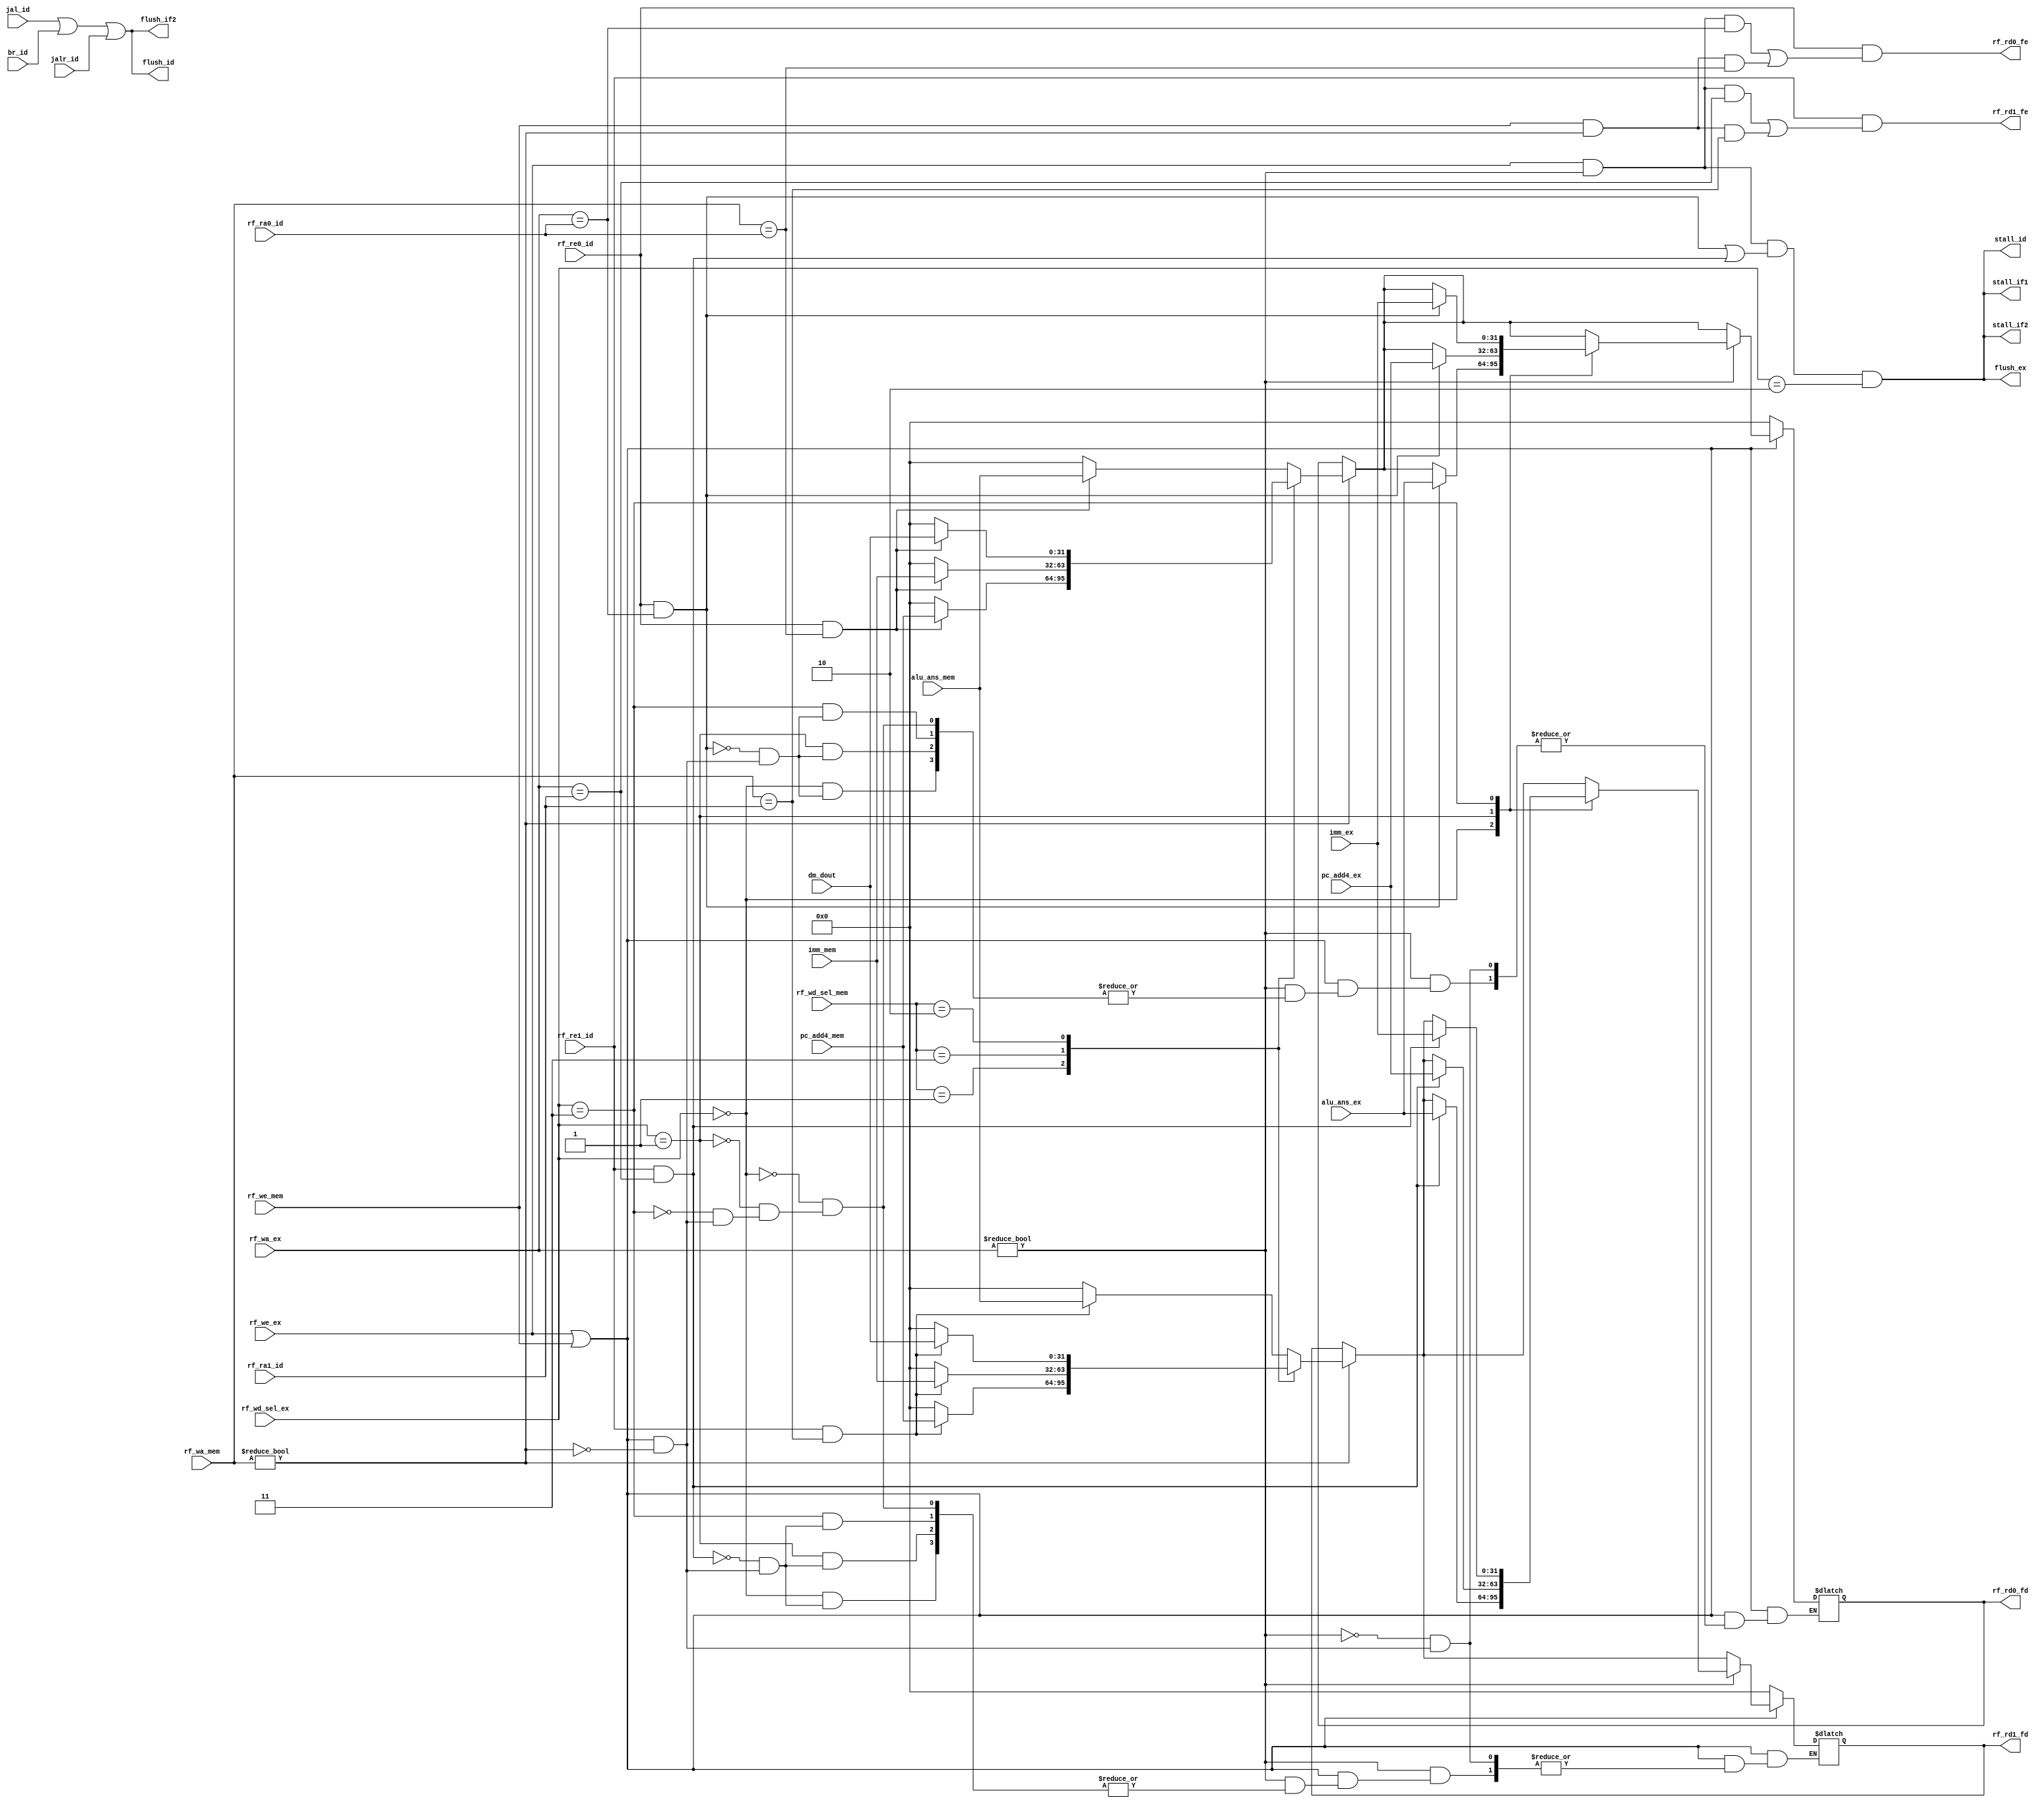
module Hazard(
    input [4:0]     rf_ra0_id,
    input [4:0]     rf_ra1_id,
    input           rf_re0_id,
    input           rf_re1_id,

    input           rf_we_ex,
    input [4:0]     rf_wa_ex,
    input [1:0]     rf_wd_sel_ex,
    input [31:0]    alu_ans_ex,
    input [31:0]    pc_add4_ex,
    input [31:0]    imm_ex,

    input           rf_we_mem,
    input [4:0]     rf_wa_mem,
    input [1:0]     rf_wd_sel_mem,
    input [31:0]    alu_ans_mem,
    input [31:0]    pc_add4_mem,
    input [31:0]    imm_mem,
    input [31:0]    dm_dout,

    input           jal_id, jalr_id, br_id,

    output              rf_rd0_fe,
    output              rf_rd1_fe,
    output reg [31:0]   rf_rd0_fd,
    output reg [31:0]   rf_rd1_fd,

    output              stall_if1,
    output              stall_if2,
    output              stall_id,

    output              flush_if2,
    output              flush_id,
    output              flush_ex //
);

    localparam ALU_RES = 2'b00;
    localparam PC_ADD4 = 2'b01;
    localparam MEM_RD = 2'b10;
    localparam IMM = 2'b11;
    
    wire data_hzd_ex;

    always@(*) begin
        //Data Hazard
        //forwarding
        if(rf_we_ex || rf_we_mem) begin
            if(rf_wa_mem != 0) begin
                case(rf_wd_sel_mem)
                    ALU_RES: begin
                        rf_rd0_fd = (rf_re0_id && rf_wa_mem == rf_ra0_id)? alu_ans_mem: 0;
                        rf_rd1_fd = (rf_re1_id && rf_wa_mem == rf_ra1_id)? alu_ans_mem: 0;
                    end
                    PC_ADD4: begin
                        rf_rd0_fd = (rf_re0_id && rf_wa_mem == rf_ra0_id)? pc_add4_mem: 0;
                        rf_rd1_fd = (rf_re1_id && rf_wa_mem == rf_ra1_id)? pc_add4_mem: 0;
                    end
                    IMM: begin
                        rf_rd0_fd = (rf_re0_id && rf_wa_mem == rf_ra0_id)? imm_mem: 0;
                        rf_rd1_fd = (rf_re1_id && rf_wa_mem == rf_ra1_id)? imm_mem: 0;
                    end
                    MEM_RD: begin
                        rf_rd0_fd = (rf_re0_id && rf_wa_mem == rf_ra0_id)? dm_dout: 0;
                        rf_rd1_fd = (rf_re1_id && rf_wa_mem == rf_ra1_id)? dm_dout: 0;
                    end
                endcase
                end
            //override
            if(rf_wa_ex != 0) begin
                case(rf_wd_sel_ex)
                    ALU_RES: begin
                        rf_rd0_fd = (rf_re0_id && rf_wa_ex == rf_ra0_id)? alu_ans_ex: rf_rd0_fd;
                        rf_rd1_fd = (rf_re1_id && rf_wa_ex == rf_ra1_id)? alu_ans_ex: rf_rd1_fd;
                    end
                    PC_ADD4: begin
                        rf_rd0_fd = (rf_re0_id && rf_wa_ex == rf_ra0_id)? pc_add4_ex: rf_rd0_fd;
                        rf_rd1_fd = (rf_re1_id && rf_wa_ex == rf_ra1_id)? pc_add4_ex: rf_rd1_fd;
                    end
                    IMM: begin
                        rf_rd0_fd = (rf_re0_id && rf_wa_ex == rf_ra0_id)? imm_ex: rf_rd0_fd;
                        rf_rd1_fd = (rf_re1_id && rf_wa_ex == rf_ra1_id)? imm_ex: rf_rd1_fd;
                    end
                endcase
            end
        end
        else begin
            rf_rd0_fd = 0;
            rf_rd1_fd = 0;
        end
        //note that RF has a write first feature
    end
    
    //forwarding enable
    assign rf_rd0_fe = rf_re0_id && ((rf_we_ex && rf_wa_ex != 0 && rf_wa_ex == rf_ra0_id) || (rf_we_mem && rf_wa_mem != 0 && rf_wa_mem == rf_ra0_id));
    assign rf_rd1_fe = rf_re1_id && ((rf_we_ex && rf_wa_ex != 0 && rf_wa_ex == rf_ra1_id) || (rf_we_mem && rf_wa_mem != 0 && rf_wa_mem == rf_ra1_id));
    
    //Data Hazard: bubbling
    assign data_hzd_ex  = rf_we_ex && rf_wa_ex != 0 && ((rf_re0_id && rf_wa_ex == rf_ra0_id) || (rf_re1_id && rf_wa_ex == rf_ra1_id));
    assign stall_if1    = (data_hzd_ex && rf_wd_sel_ex == MEM_RD);
    assign stall_if2    = (data_hzd_ex && rf_wd_sel_ex == MEM_RD);
    assign stall_id     = (data_hzd_ex && rf_wd_sel_ex == MEM_RD);
    assign flush_ex     = (data_hzd_ex && rf_wd_sel_ex == MEM_RD);

    //Control Hazard
    assign flush_if2    = (jal_id || br_id || jalr_id);
    assign flush_id     = (jal_id || br_id || jalr_id);
endmodule